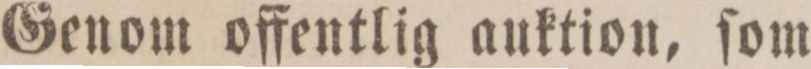
Genom offentlig auktion, ſom